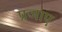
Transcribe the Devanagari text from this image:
प्रजाए